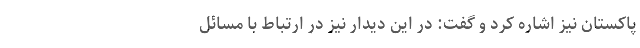
پاکستان نیز اشاره کرد و گفت: در این دیدار نیز در ارتباط با مسائل